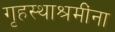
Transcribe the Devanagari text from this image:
गृहस्थाश्रमींना